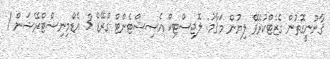
ޤާނޫނީގޮތުން ގެޒެޓްކުރެވޭ ލިޔުން މަޤާމު: ލޮޖިސްޓިކް އެސިސްޓެންޓް ގްރޭޑް 3 އެޑްމިނިސްޓްރޭޝަން /